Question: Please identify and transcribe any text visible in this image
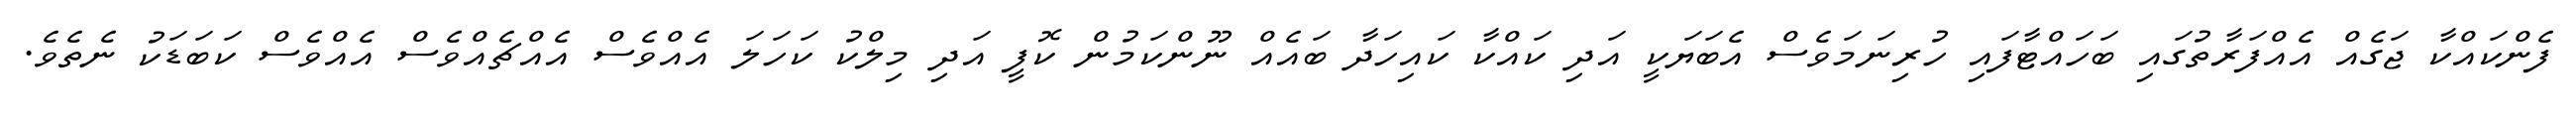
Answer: ފެންކައްކާ ޖަގެއް އެއްފަރާތުގައި ބަހައްޓާފައި ހުރިނަމަވެސް އެބަޔަކީ އަދި ކައްކާ ކައިހަދާ ބައެއް ނޫންކަމުން ކޮފީ އަދި މިލްކު ކަހަލަ އެއްވެސް އެއްޗެއްވެސް އެއްވެސް ކަބަޑަކު ނެތެވެ.